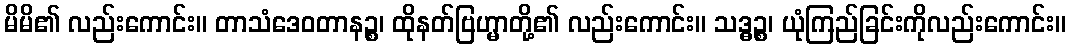
မိမိ၏ လည်းကောင်း။ တာသံဒေဝတာနဉ္စ၊ ထိုနတ်ဗြဟ္မာတို့၏ လည်းကောင်း။ သဒ္ဓဉ္စ၊ ယုံကြည်ခြင်းကိုလည်းကောင်း။